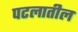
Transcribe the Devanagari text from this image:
पटलातील